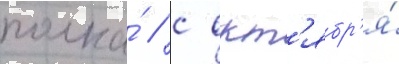
полка́ / с окт'ябр'я́